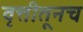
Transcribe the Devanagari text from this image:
वृत्तीतूनच